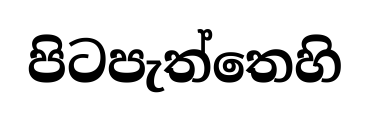
පිටපැත්තෙහි